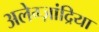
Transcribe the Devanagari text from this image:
अलेग्ज़ांद्रिया